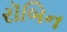
રૉબિન